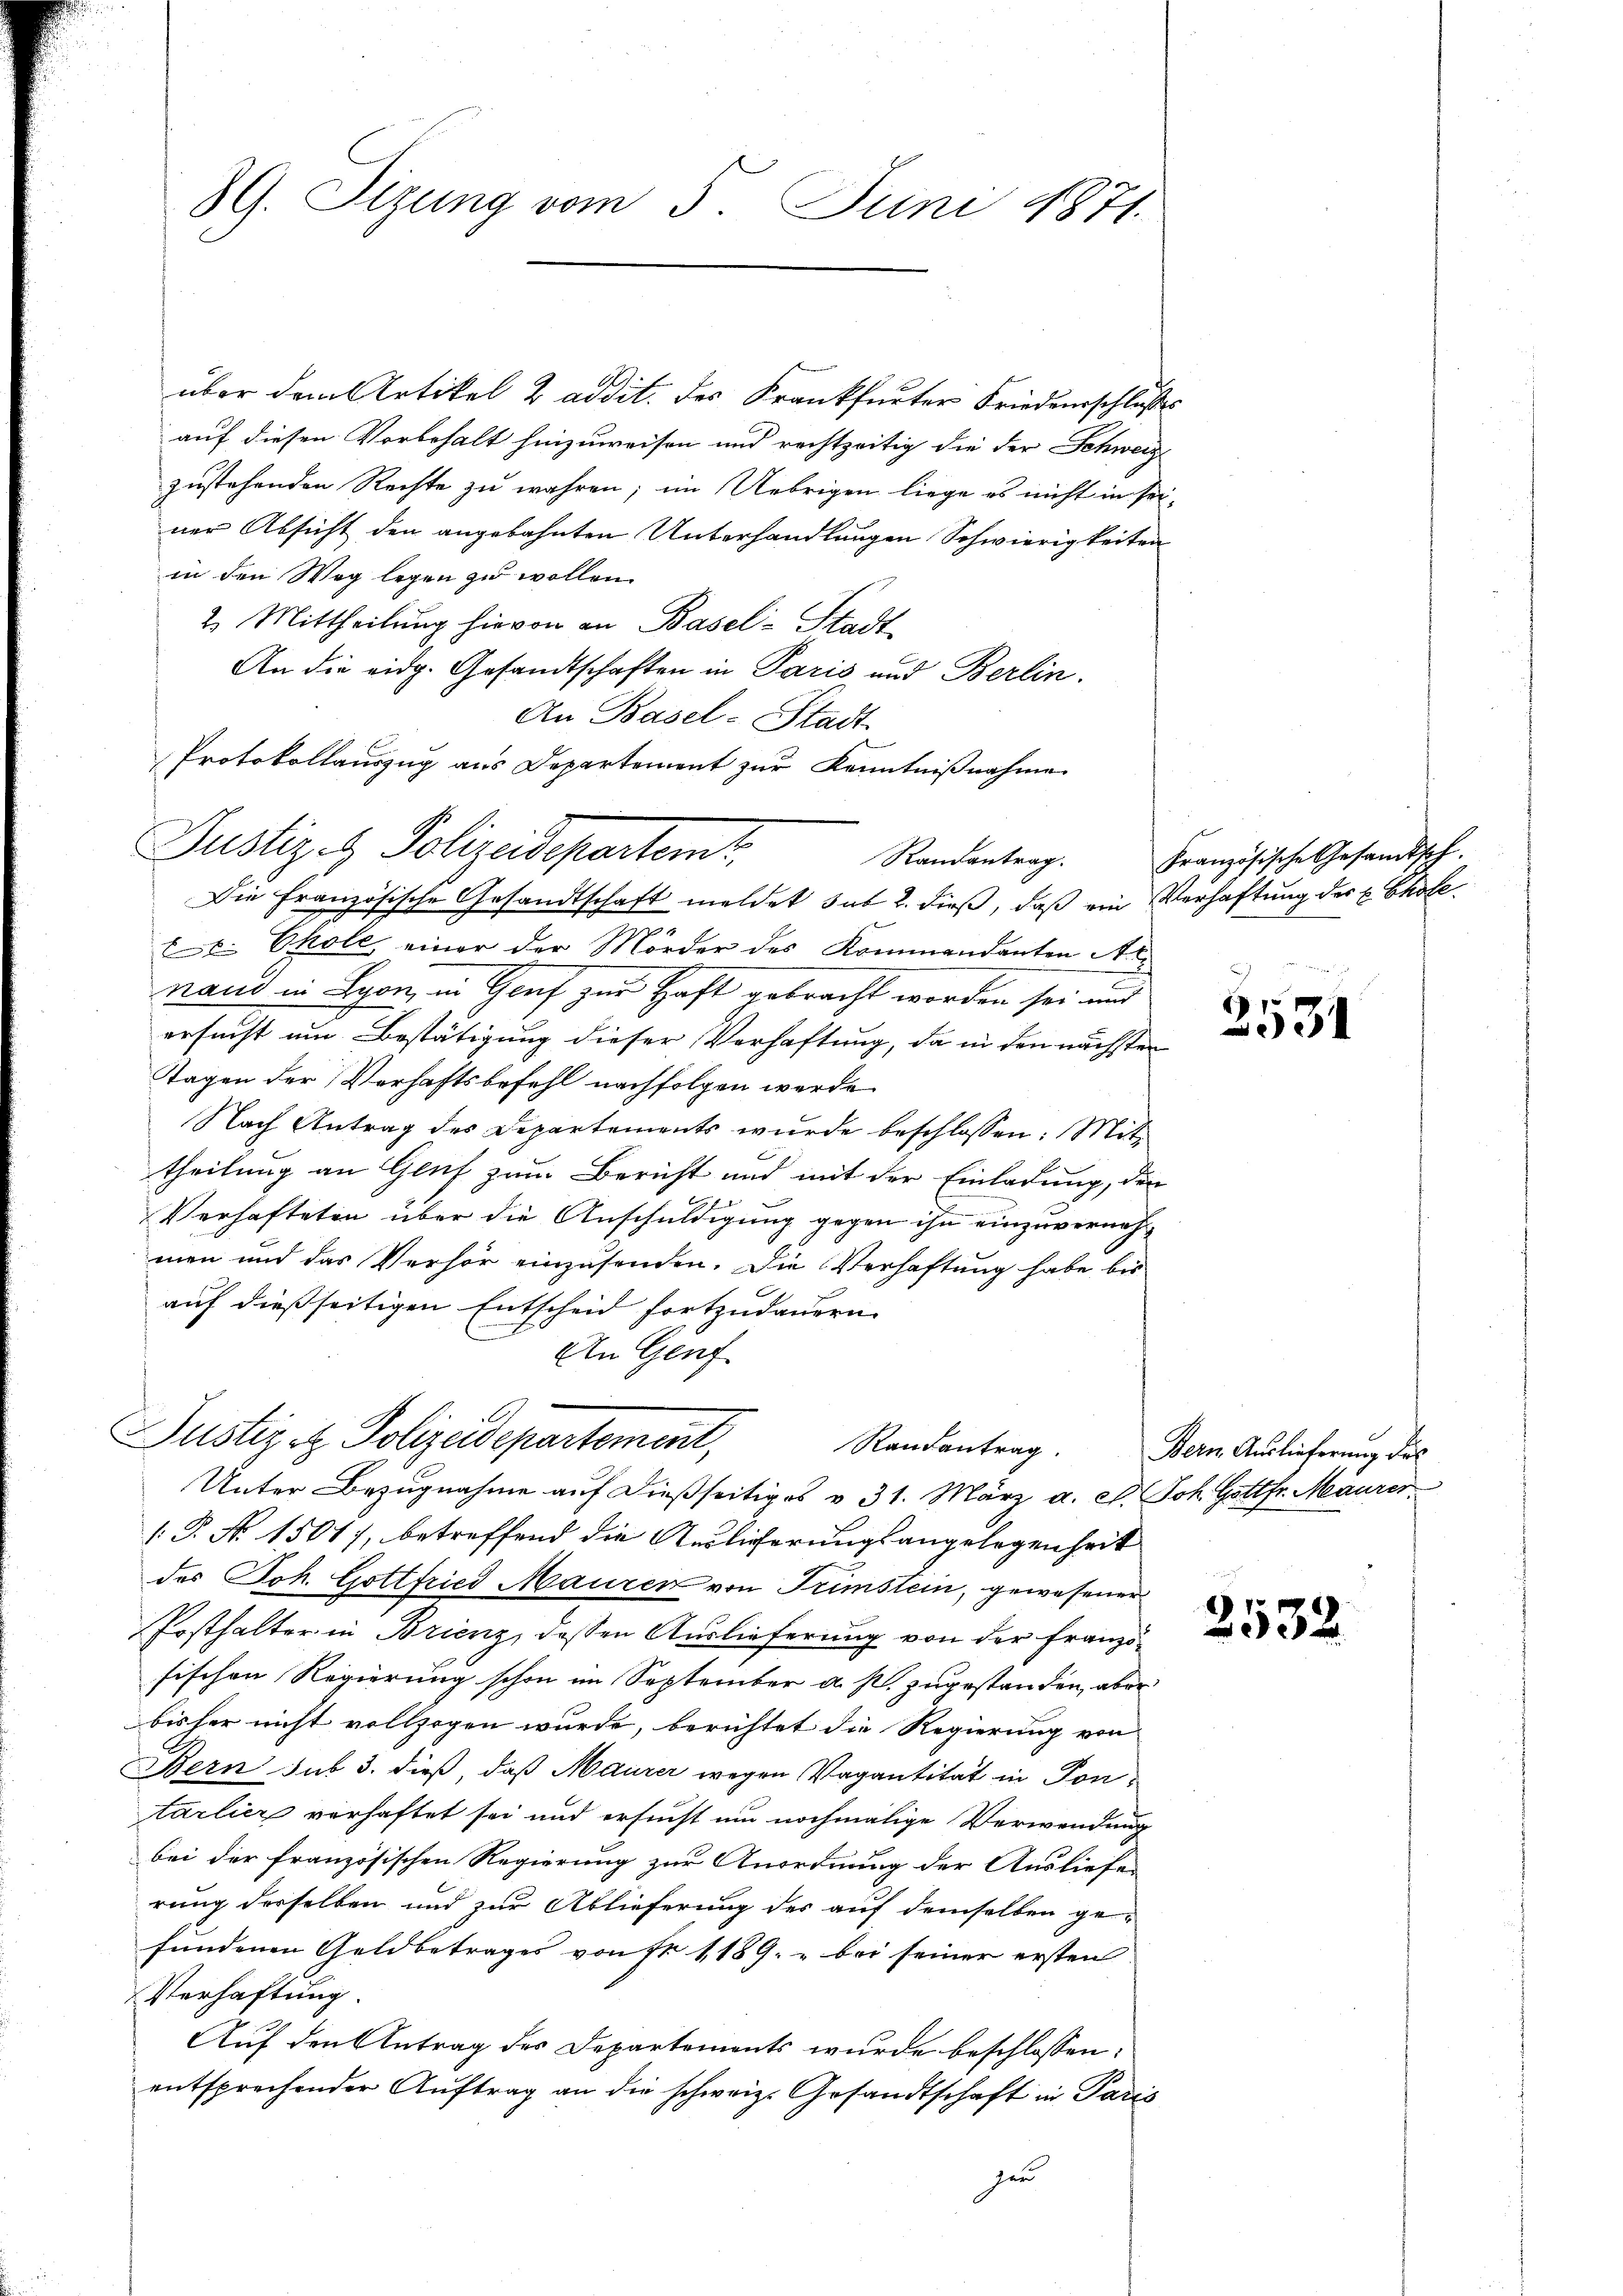
89. Sizung vom 5. Juni 1871.

über dem Artikel 2 addit. des Krankfurter Friedenschlußes
auf diesen Vorbehalt hinzuweisen und rechtzeitig die der Schweize
zustehenden Rechte zu wahren; im Uebrigen liege es nicht in seiner Absicht den angebahnten Unterhandlungen Schwierigkeiten
in den Weg legen zu wollen.
2. Mittheilung hievon an Basel-Stadt
An die eidg. Gesandtschaften in Paris und Berlin.
An Basel-Stadt-
Protokollauszug aus Departement zur Kenntnißnahme
Randantrag.
Die Französische Gesandtschaft meldet sub 2. dieß, daß ein Verhaftung der Chole
. Chole, einer der Mörder des Kommandanten Arnand in Lyon, in Genf zur Haft gebracht worden sei und
ersucht um Bestätigung dieser Verhaftung, da in den nächsten
Tagen der Verhaftsbefehl nachfolgen werde
Nach Antrag des Departements wurde beschlossen: Mittheilung an Genf zum Bericht und mit der Einladung, den
Verhafteten über die Anschuldigung gegen ihn einzuvernehmen und das Verhör einzusenden. Die Verhaftung habe bis
auf dießseitigen Entscheid fortzudauern.
An Genf
Justiz et Polizeidepartement,
Randantrag.
Unter Bezugnahme auf dießseitiges v. 31. März a. c. Joh. Gottfr. Maurer
[.P. No 15017, betreffend die Auslieferungsangelegenheit
des Joh. Gottfried Mauren von Trimstein, gewesener
Posthalter in Brienz, dessen Auslieferung von der Franzöfischen Regierung schon im September a. p. zugestanden, aber
bisher nicht vollzogen wurde, berichtet die Regierung von
Bern sub 3. dieß, daß Maurer wegen Vagantität in Pontarlicz verhaftet sei und ersucht um nochmalige Verwendung
bei der französischen Regierung zur Anordnung der Ausliefe
rung derselben und zur Ablieferung des auf demselben ge-
fundenen Geldbetrages von Nr 1189 bei seiner ersten
Verhaftung.
Auf den Antrag des Departements wurde beschlossen:
entsprechender Auftrag an die schweiz. Gesandtschaft in Paris
zer

Justiz & Polizeidepartemt

Französische Gesamtsch.

3531

Bern Auslieferung des

2532.